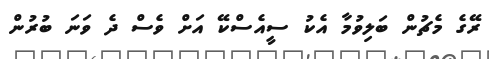
ރޭގެ މެޗުން ބަލިވުމާ އެކު ސީއެސްކޭ އަށް ވެސް ދެ ވަނަ ބުރުން